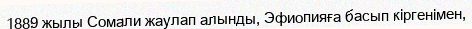
1889 жылы Сомали жаулап алынды, Эфиопияға басып кіргенімен,